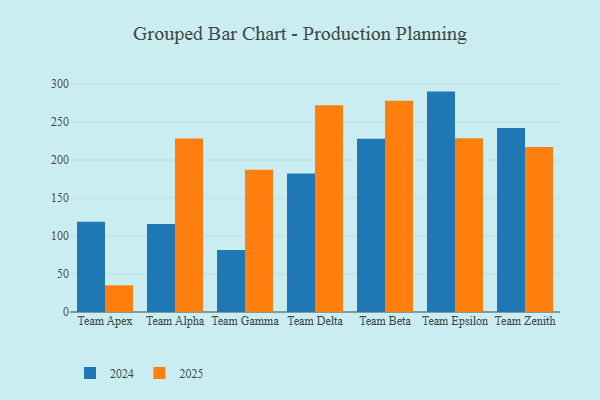
{"axis": {"x": "Team", "y": "Production Output"}, "legend": ["2024", "2025"], "data": [{"x": "Team Apex", "y": 35.1, "type": "2025"}, {"x": "Team Apex", "y": 118.7, "type": "2024"}, {"x": "Team Alpha", "y": 228.4, "type": "2025"}, {"x": "Team Alpha", "y": 115.8, "type": "2024"}, {"x": "Team Gamma", "y": 187.3, "type": "2025"}, {"x": "Team Gamma", "y": 81.7, "type": "2024"}, {"x": "Team Delta", "y": 272.0, "type": "2025"}, {"x": "Team Delta", "y": 182.4, "type": "2024"}, {"x": "Team Beta", "y": 278.1, "type": "2025"}, {"x": "Team Beta", "y": 228.0, "type": "2024"}, {"x": "Team Epsilon", "y": 228.6, "type": "2025"}, {"x": "Team Epsilon", "y": 290.0, "type": "2024"}, {"x": "Team Zenith", "y": 217.0, "type": "2025"}, {"x": "Team Zenith", "y": 242.2, "type": "2024"}]}